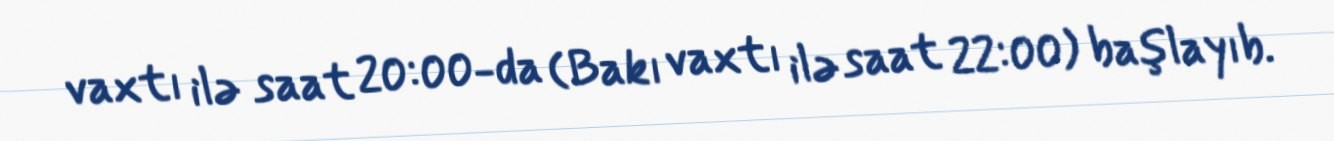
vaxtı ilə saat 20:00-da (Bakı vaxtı ilə saat 22:00) başlayıb.